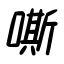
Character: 嘶